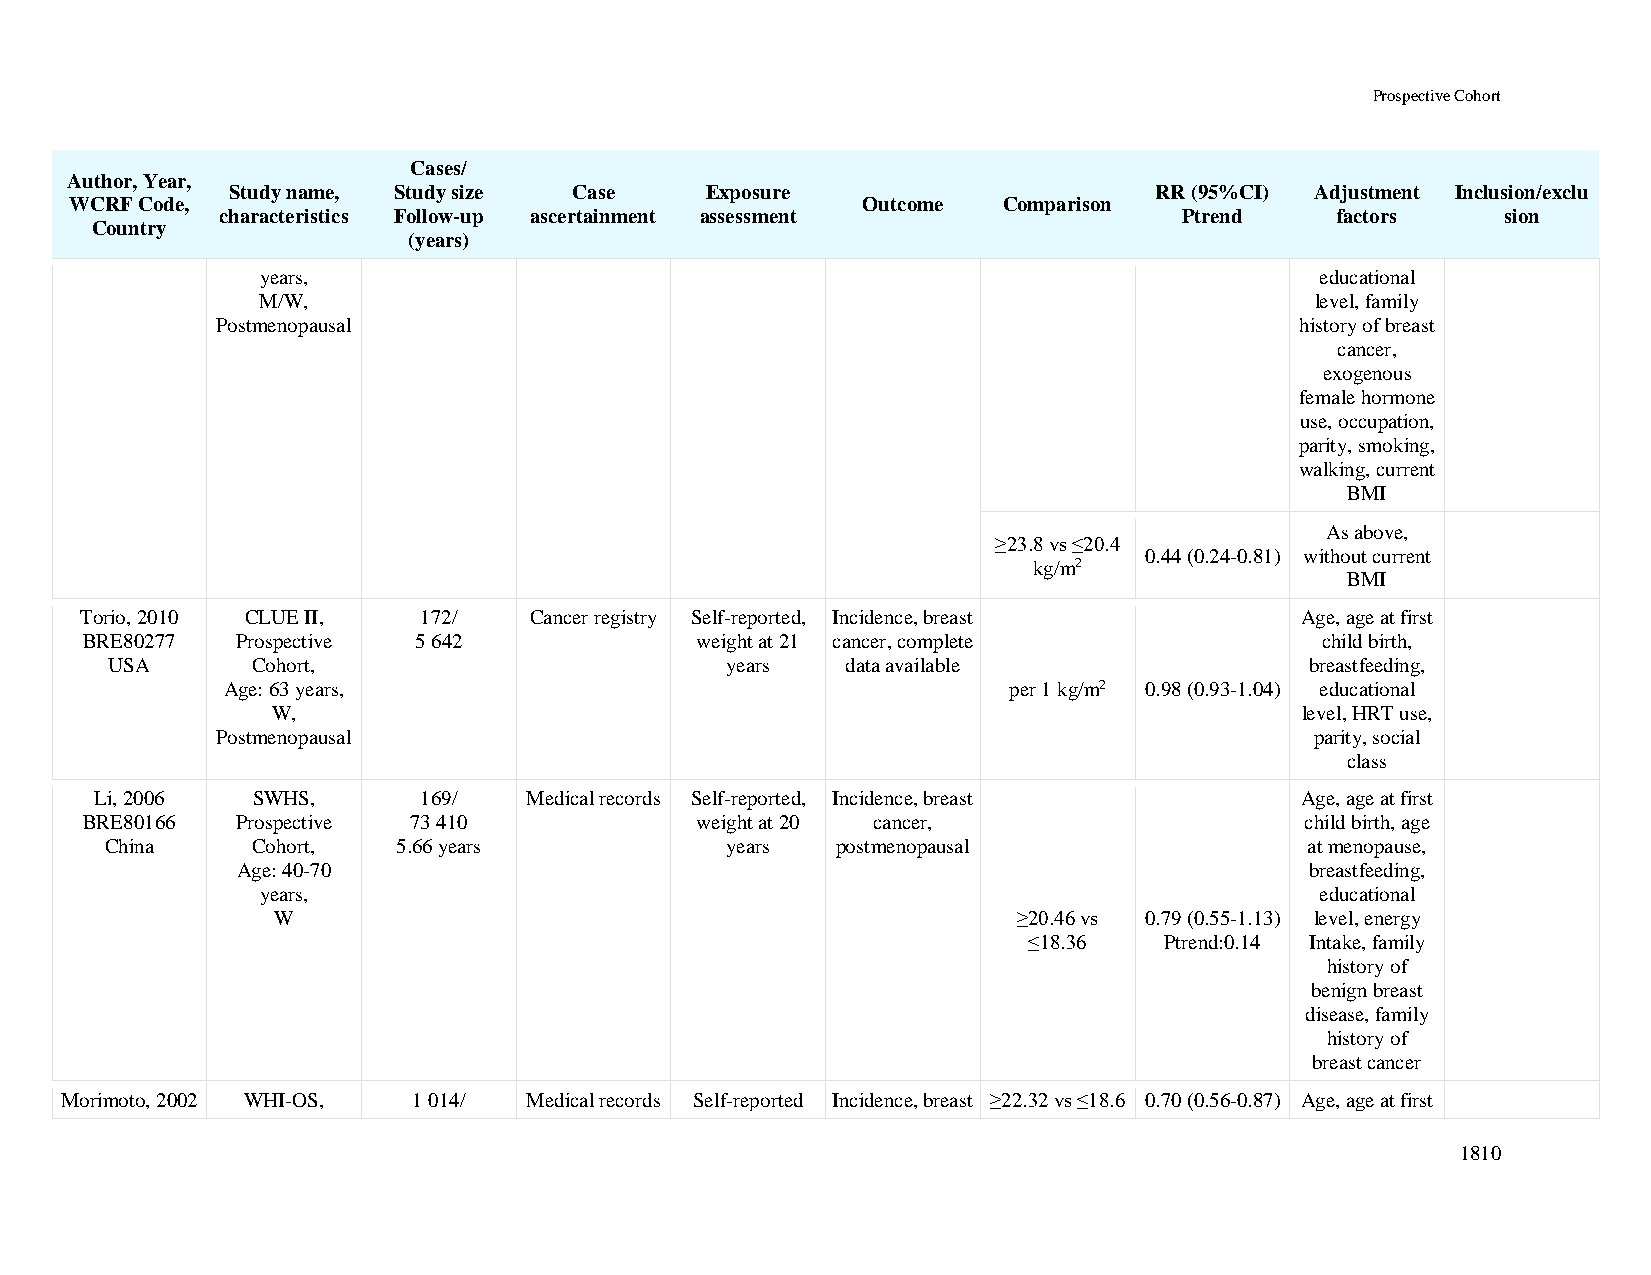
Prospective Cohort
 Cases/
 Author, Year,
 Study name, Study size Case     Exposure                     RR (95%CI) Adjustment Inclusion/exclu
 WCRF Code,                                          Outcome  Comparison
 characteristics Follow-up ascertainment assessment             Ptrend    factors     sion
 Country
 (years)
 years,                                                                educational
 M/W,                                                                  level, family
 Postmenopausal                                                          history of breast
 cancer,
 exogenous
 female hormone
 use, occupation,
 parity, smoking,
 walking, current
 BMI
 As above,
 ≥23.8 vs ≤20.4
 0.44 (0.24-0.81) without current
 kg/m2
 BMI
 Torio, 2010 CLUE II,   172/   Cancer registry Self-reported, Incidence, breast   Age, age at first
 BRE80277   Prospective 5 642             weight at 21 cancer, complete            child birth,
 USA       Cohort,                        years   data available                 breastfeeding,
 Age: 63 years,                                      per 1 kg/m2 0.98 (0.93-1.04) educational
 W,                                                                  level, HRT use,
 Postmenopausal                                                           parity, social
 class
 Li, 2006   SWHS,      169/   Medical records Self-reported, Incidence, breast   Age, age at first
 BRE80166   Prospective 73 410            weight at 20 cancer,                    child birth, age
 China     Cohort,  5.66 years            years  postmenopausal                  at menopause,
 Age: 40-70                                                             breastfeeding,
 years,                                                                educational
 W                                                ≥20.46 vs 0.79 (0.55-1.13) level, energy
 ≤18.36   Ptrend:0.14 Intake, family
 history of
 benign breast
 disease, family
 history of
 breast cancer
 Morimoto, 2002 WHI-OS, 1 014/  Medical records Self-reported Incidence, breast ≥22.32 vs ≤18.6 0.70 (0.56-0.87) Age, age at first
 1810